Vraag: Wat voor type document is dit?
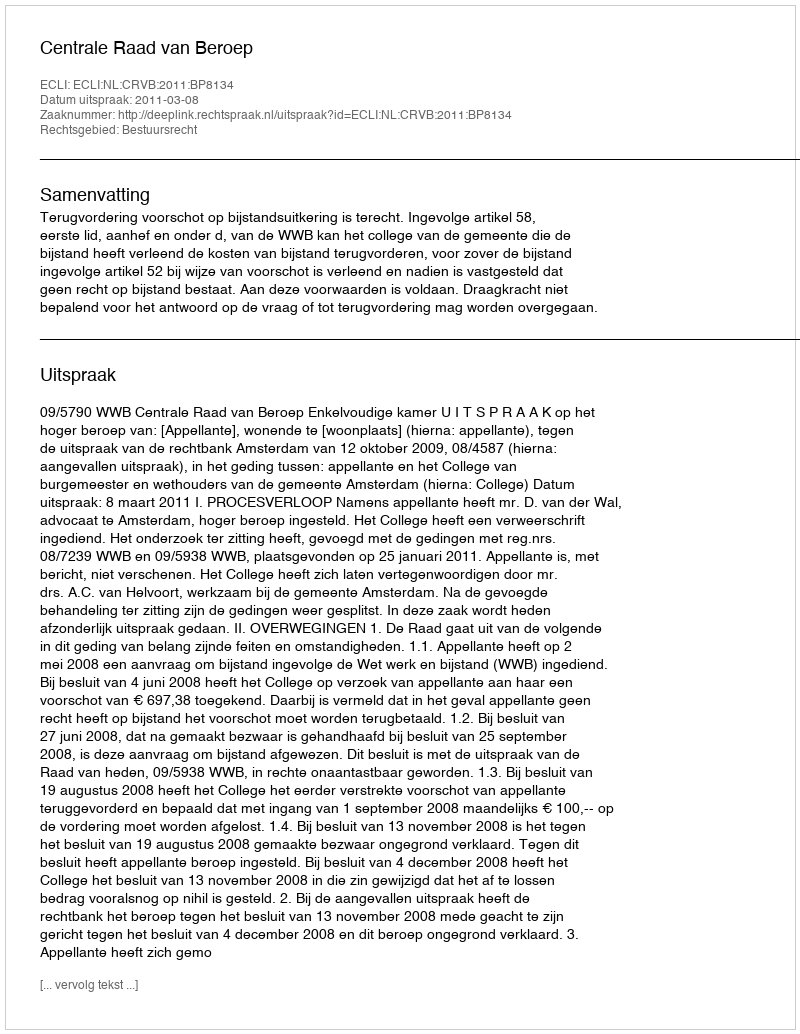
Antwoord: Uitspraak